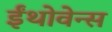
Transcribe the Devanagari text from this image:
ईंथोवेन्स